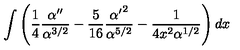
\int \left( { \frac { 1 } { 4 } } { \frac { \alpha ^ { \prime \prime } } { \alpha ^ { 3 / 2 } } } - { \frac { 5 } { 1 6 } } { \frac { { \alpha ^ { \prime } } ^ { 2 } } { \alpha ^ { 5 / 2 } } } - { \frac { 1 } { 4 x ^ { 2 } \alpha ^ { 1 / 2 } } } \right) d x